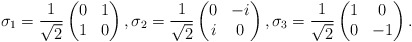
\begin{align*} \sigma_{1} = \frac{1}{\sqrt{2}} \begin{pmatrix} 0 & 1 \\ 1 & 0 \end{pmatrix}, \sigma_{2} = \frac{1}{\sqrt{2}} \begin{pmatrix} 0 & -i \\ i & 0 \end{pmatrix}, \sigma_{3} = \frac{1}{\sqrt{2}} \begin{pmatrix} 1 & 0 \\ 0 & -1 \end{pmatrix}. \end{align*}